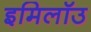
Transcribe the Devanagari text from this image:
इमिलॉउ